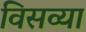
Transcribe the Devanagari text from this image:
विसव्या